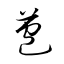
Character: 苞